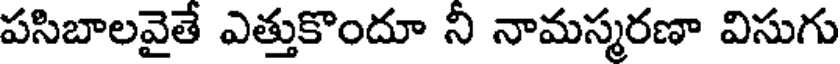
పసిబాలవైతే ఎత్తుకొందూ నీ నామస్మరణా విసుగు